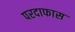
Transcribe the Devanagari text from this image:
परदाफास